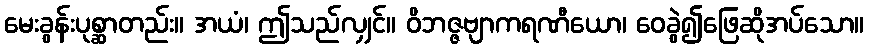
မေးခွန်းပုစ္ဆာတည်း။ အယံ၊ ဤသည်လျှင်။ ဝိဘဇ္ဇဗျာကရဏီယော၊ ဝေခွဲ၍ဖြေဆိုအပ်သော။